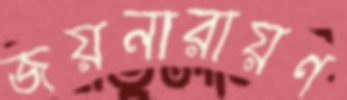
জয়নারায়ণ